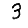
Digit: 3